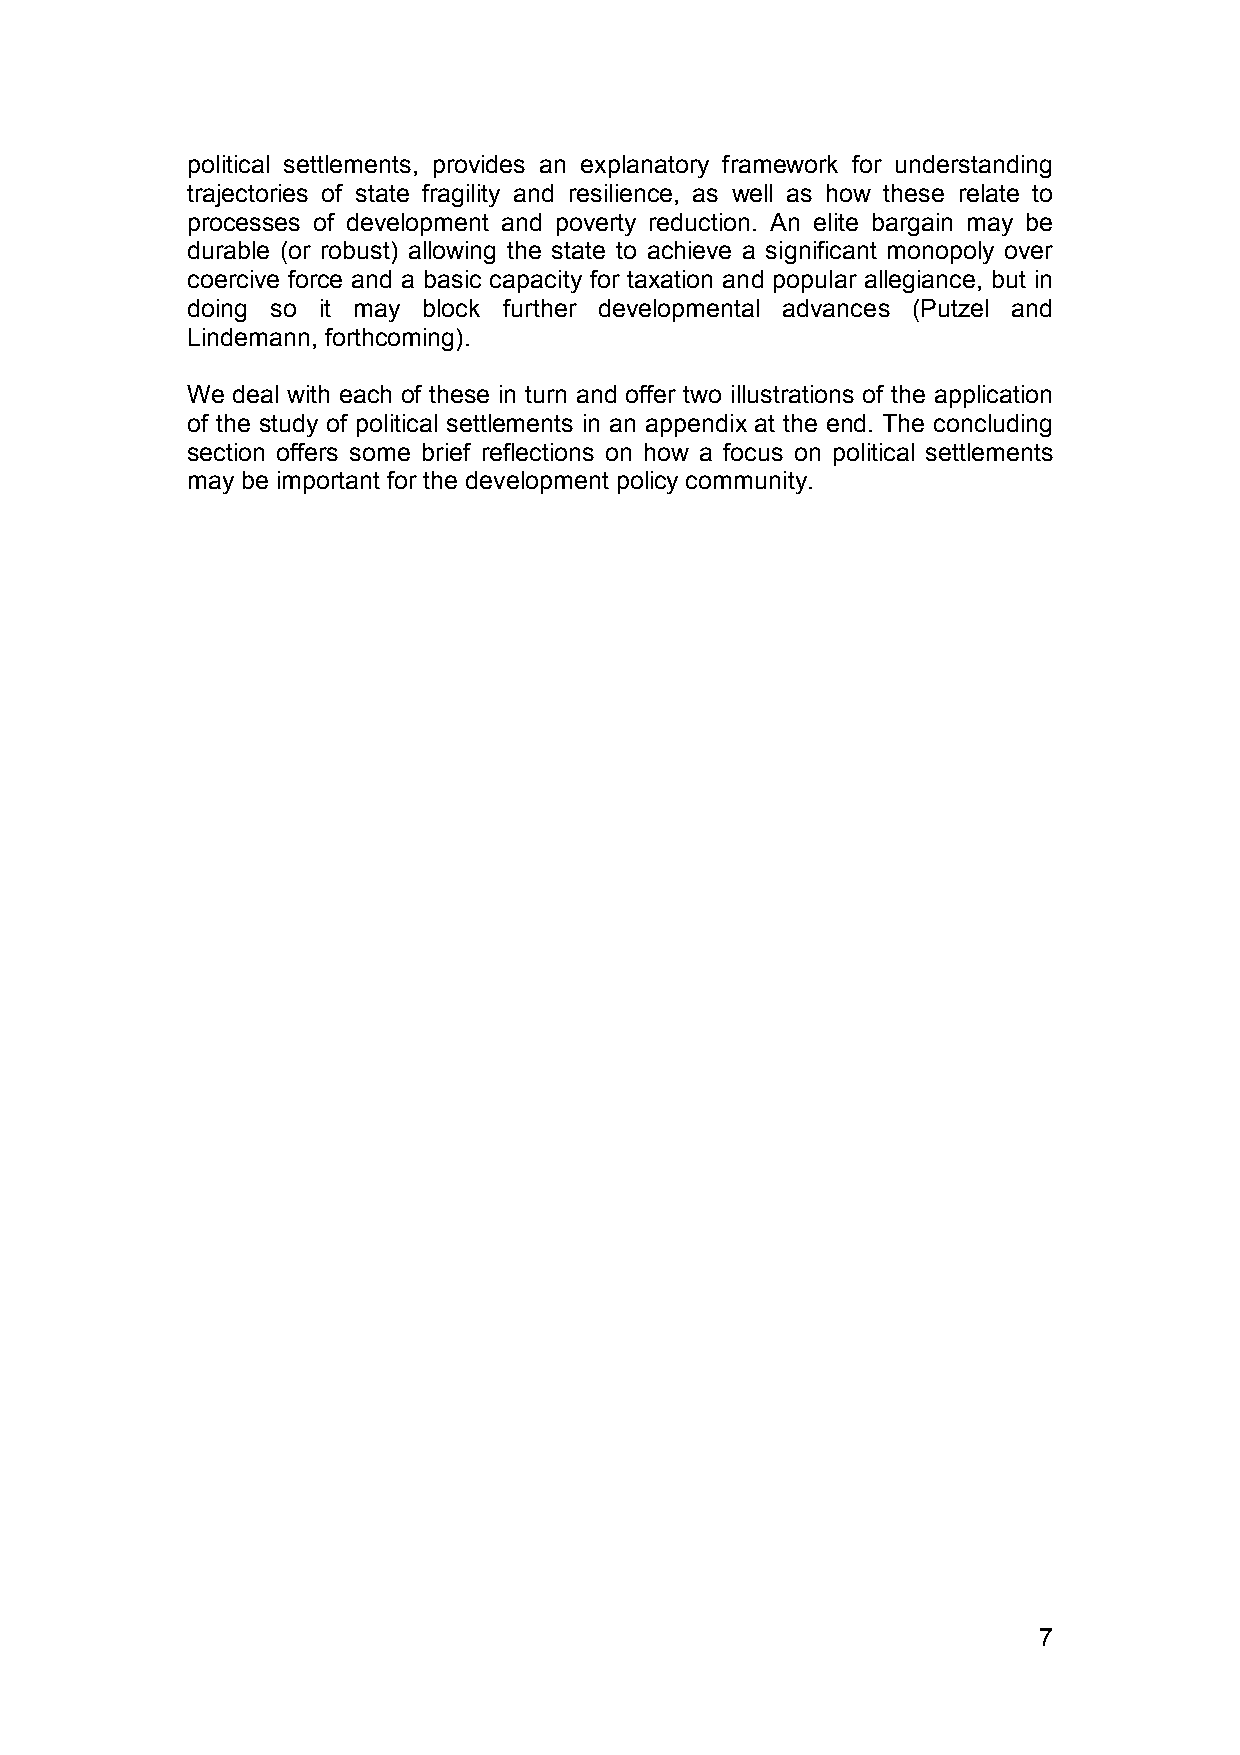
political settlements, provides an explanatory framework for understanding
 trajectories of state fragility and resilience, as well as how these relate to
 processes of development and poverty reduction. An elite bargain may be
 durable (or robust) allowing the state to achieve a significant monopoly over
 coercive force and a basic capacity for taxation and popular allegiance, but in
 doing so it may block further developmental advances (Putzel and
 Lindemann, forthcoming).
 We deal with each of these in turn and offer two illustrations of the application
 of the study of political settlements in an appendix at the end. The concluding
 section offers some brief reflections on how a focus on political settlements
 may be important for the development policy community.
 7